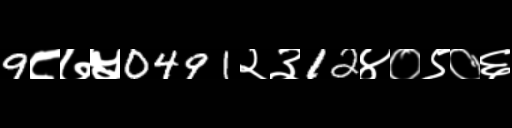
Text: 9८७५0491२३12४०९०६